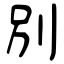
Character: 別